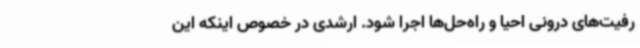
رفیت‌های درونی احیا و راه‌حل‌ها اجرا شود. ارشدی در خصوص اینکه این